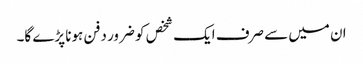
ان میں سے صرف ایک شخص کو ضرور دفن ہونا پڑے گا۔